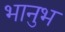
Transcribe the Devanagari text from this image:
भानुभ